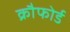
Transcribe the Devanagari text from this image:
क्रौफोर्ड